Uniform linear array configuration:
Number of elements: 24
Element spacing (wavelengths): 0.75
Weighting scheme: exponential
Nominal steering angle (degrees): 0
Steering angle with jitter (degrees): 1.605
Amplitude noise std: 0.05
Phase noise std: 0.05

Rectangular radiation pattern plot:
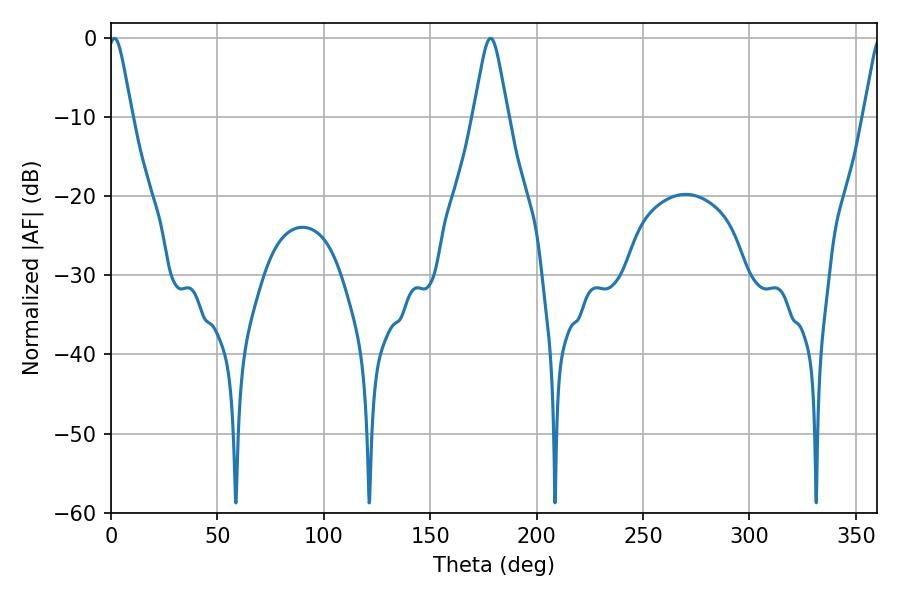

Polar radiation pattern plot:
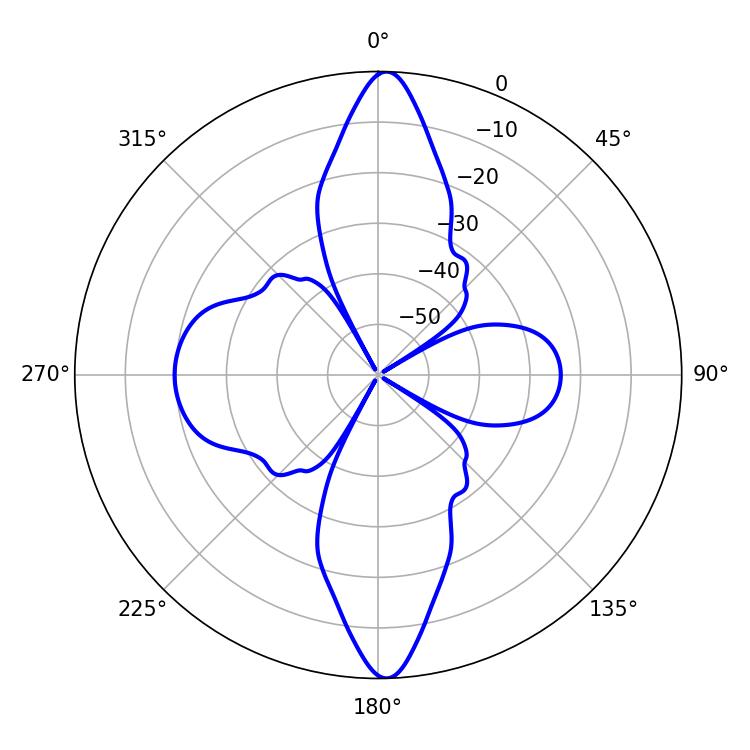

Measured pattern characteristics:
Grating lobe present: TRUE
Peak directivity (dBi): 26.034
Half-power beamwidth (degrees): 5.58
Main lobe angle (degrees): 1.62